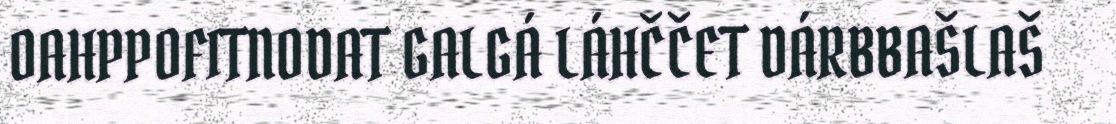
OAHPPOFITNODAT GALGÁ LÁHČČET DÁRBBAŠLAŠ